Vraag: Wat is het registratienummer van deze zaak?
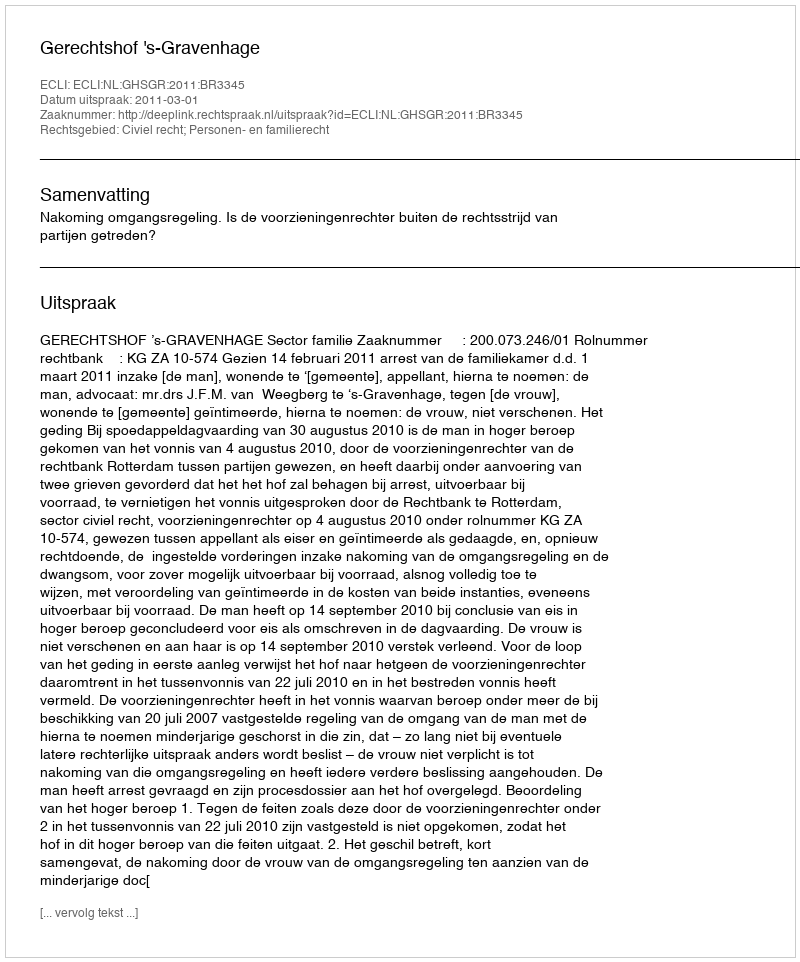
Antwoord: http://deeplink.rechtspraak.nl/uitspraak?id=ECLI:NL:GHSGR:2011:BR3345